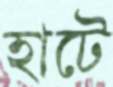
হাটে